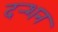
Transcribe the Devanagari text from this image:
दर्‍शन